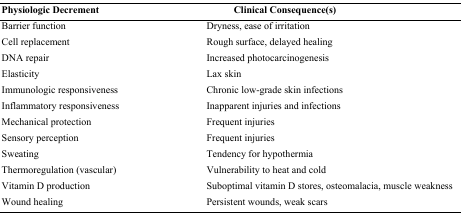
<table><thead><tr><td><b>Physiologic Decrement</b></td><td><b>Clinical Consequence(s)</b></td></tr></thead><tbody><tr><td>Barrier function</td><td>Dryness, ease of irritation</td></tr><tr><td>Cell replacement</td><td>Rough surface, delayed healing</td></tr><tr><td>DNA repair</td><td>Increased photocarcinogenesis</td></tr><tr><td>Elasticity</td><td>Lax skin</td></tr><tr><td>Immunologic responsiveness</td><td>Chronic low-grade skin infections</td></tr><tr><td>Inflammatory responsiveness</td><td>Inapparent injuries and infections</td></tr><tr><td>Mechanical protection Sensory perception</td><td>Frequent injuries Frequent injuries</td></tr><tr><td>Sweating</td><td>Tendency for hypothermia</td></tr><tr><td>Thermoregulation (vascular)</td><td>Vulnerability to heat and cold</td></tr><tr><td>Vitamin D production</td><td>Suboptimal vitamin D stores, osteomalacia, muscle weakness</td></tr><tr><td>Wound healing</td><td>Persistent wounds, weak scars</td></tr></tbody></table>